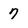
Character: 7